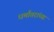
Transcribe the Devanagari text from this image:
धर्मांतरांच्या